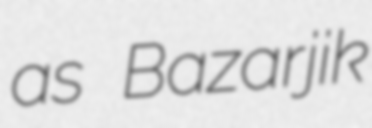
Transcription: as Bazarjik